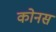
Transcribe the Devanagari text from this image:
कोनस